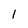
Character: 1